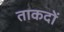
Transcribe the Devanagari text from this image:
ताकदों